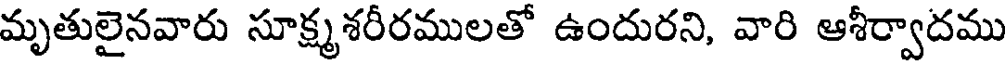
మృతులైనవారు సూక్ష్మశరీరములతో ఉందురని, వారి ఆశీర్వాదము